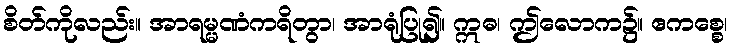
စိတ်ကိုလည်း။ အာရမ္မဏံကရိတွာ၊ အာရုံပြု၍။ ဣဓ၊ ဤလောက၌။ ဧကစ္စေ၊